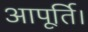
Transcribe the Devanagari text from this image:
आपूर्ति।